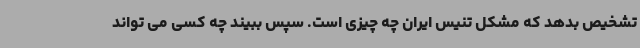
تشخیص بدهد که مشکل تنیس ایران چه چیزی است. سپس ببیند چه کسی می تواند